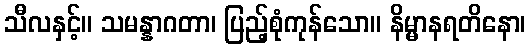
သီလနှင့်။ သမန္နာဂတာ၊ ပြည့်စုံကုန်သော။ နိမ္မာနရတိနော၊